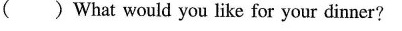
( )What would you like for your dinner?